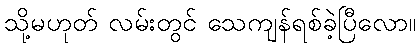
သို့မဟုတ် လမ်းတွင် သေကျန်ရစ်ခဲ့ပြီလော။